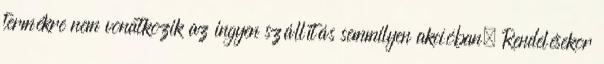
termékre nem vonatkozik az ingyen szállítás semmilyen akcióban. Rendelésekor